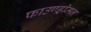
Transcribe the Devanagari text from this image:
फाउण्ड्रीमन